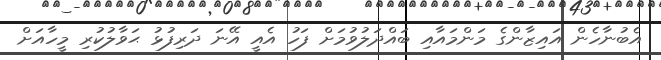
އެބުނާހެން އައިޒާންގެ މަންމައާއި ބައްދަލުވުމަށް ފަހު އެއީ އޭނަ ދަރިފުޅު ޙަވާލުކުރި މީހާއަށް